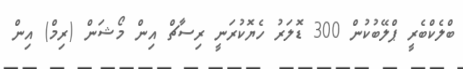
ބްލެކްބެރީ ޕްލޭބުކުން 300 ޑޮލަރު ހެޔޮކުރަނީ ރިސާޗް އިން މޯޝަން (ރިމް) އިން